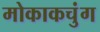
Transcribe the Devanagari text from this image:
मोकाकचुंग